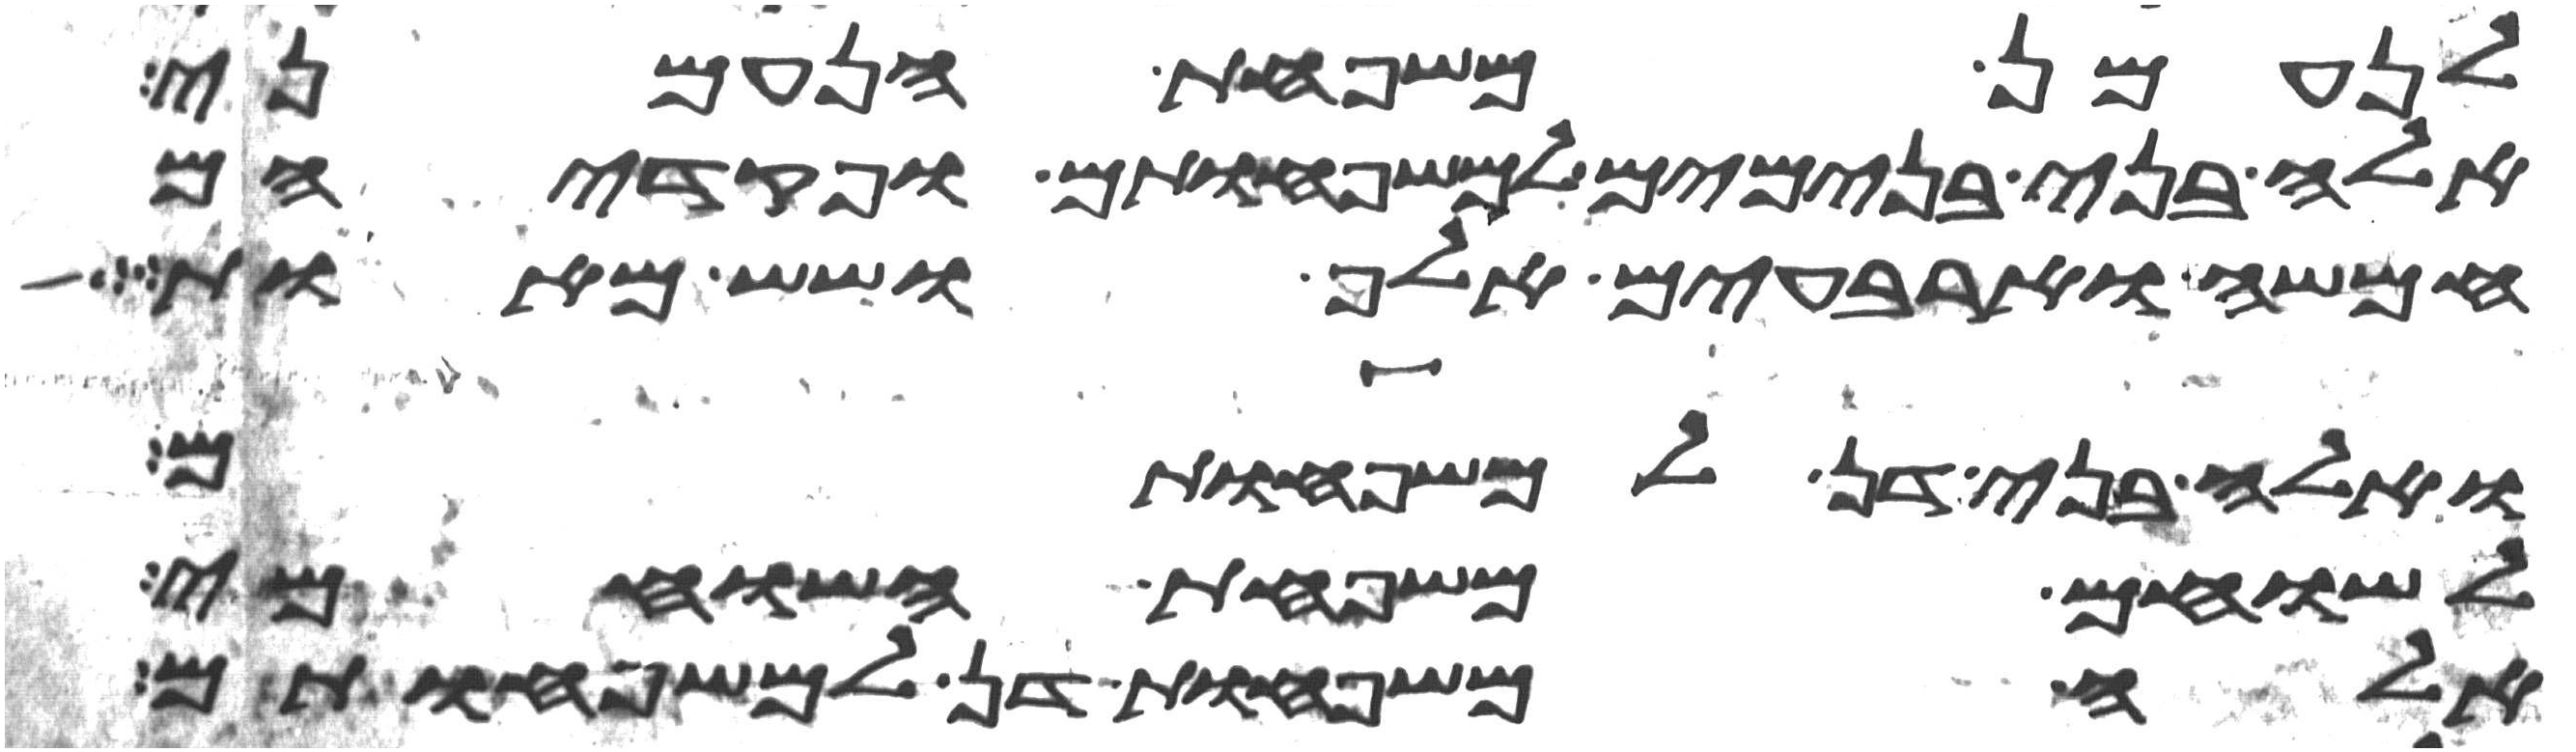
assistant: לנעמן משפחת הנעמני
אלה בני בנימים למשפחותם ופקדיהם
חמשה וארבעים אלף ושש מאות
ואלה בני דן למשפחותם
לשוחם משפחת השוחמי
אלה משפחות דן למשפחותם